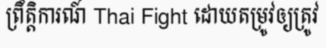
ព្រឹត្តិការណ៍ Thai Fight ដោយតម្រូវឲ្យត្រូវ